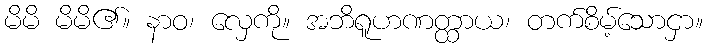
မိမိ မိမိ၏။ နာဝ၊ လှေကို။ အဘိရူဟဏတ္ထာယ၊ တက်စိမ့်သောငှာ။